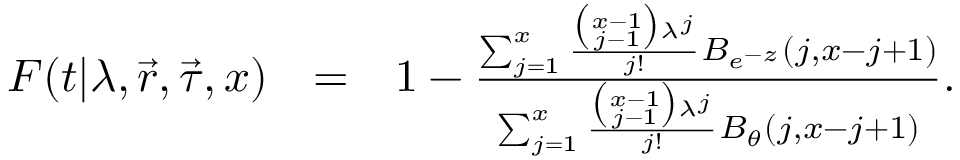
\begin{array} { r l r } { F ( t | \lambda , \vec { r } , \vec { \tau } , x ) } & { = } & { 1 - \frac { \sum _ { j = 1 } ^ { x } \frac { \binom { x - 1 } { j - 1 } \lambda ^ { j } } { j ! } B _ { e ^ { - z } } ( j , x - j + 1 ) } { \sum _ { j = 1 } ^ { x } \frac { \binom { x - 1 } { j - 1 } \lambda ^ { j } } { j ! } B _ { \theta } ( j , x - j + 1 ) } . } \end{array}